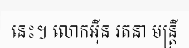
នេះ។ លោកអ៊ីន រតនា មន្ត្រី